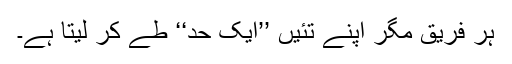
ہر فریق مگر اپنے تئیں ’’ایک حد‘‘ طے کر لیتا ہے۔